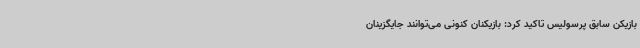
بازیکن سابق پرسولیس تاکید کرد: بازیکنان کنونی می‌توانند جایگزینان